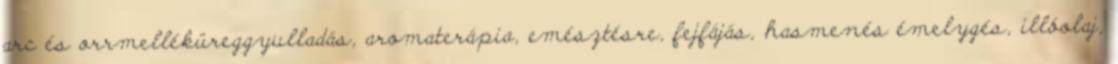
arc és orrmelléküreggyulladás, aromaterápia, emésztésre, fejfájás, hasmenés émelygés, illóolaj,